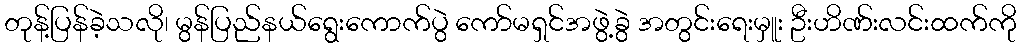
တုန့်ပြန်ခဲ့သလို၊ မွန်ပြည်နယ်ရွေးကောက်ပွဲ ကော်မရှင်အဖွဲ့ခွဲ အတွင်းရေးမှူး ဦးဟိဏ်းလင်းထက်ကို